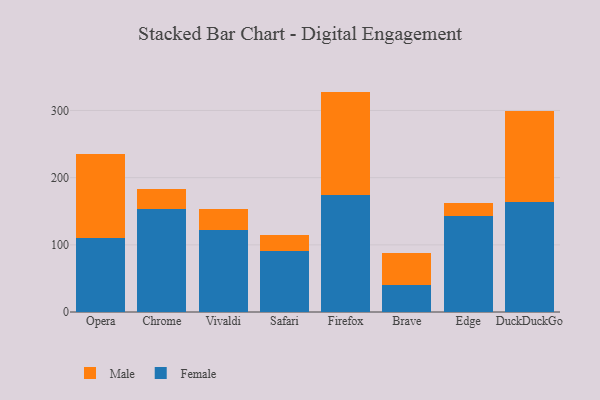
{"axis": {"x": "Browser", "y": "Shipments"}, "legend": ["Female", "Male"], "data": [{"x": "Opera", "y": 110.5, "type": "Female"}, {"x": "Opera", "y": 124.6, "type": "Male"}, {"x": "Chrome", "y": 153.8, "type": "Female"}, {"x": "Chrome", "y": 30.0, "type": "Male"}, {"x": "Vivaldi", "y": 122.8, "type": "Female"}, {"x": "Vivaldi", "y": 30.2, "type": "Male"}, {"x": "Safari", "y": 91.0, "type": "Female"}, {"x": "Safari", "y": 23.7, "type": "Male"}, {"x": "Firefox", "y": 174.3, "type": "Female"}, {"x": "Firefox", "y": 153.8, "type": "Male"}, {"x": "Brave", "y": 40.7, "type": "Female"}, {"x": "Brave", "y": 46.7, "type": "Male"}, {"x": "Edge", "y": 142.5, "type": "Female"}, {"x": "Edge", "y": 19.1, "type": "Male"}, {"x": "DuckDuckGo", "y": 163.5, "type": "Female"}, {"x": "DuckDuckGo", "y": 135.8, "type": "Male"}]}